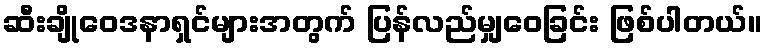
ဆီးချိုဝေဒနာရှင်များအတွက် ပြန်လည်မျှဝေခြင်း ဖြစ်ပါတယ်။